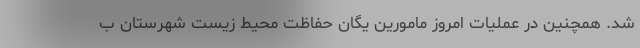
شد. همچنین در عملیات امروز مامورین یگان حفاظت محیط زیست شهرستان ب